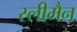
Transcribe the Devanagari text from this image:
स्‍लीमैन